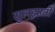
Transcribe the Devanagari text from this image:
सुलझाती